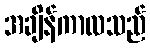
အချိန်ကာလသည်